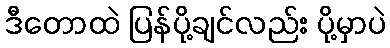
ဒီတောထဲ ပြန်ပို့ချင်လည်း ပို့မှာပဲ